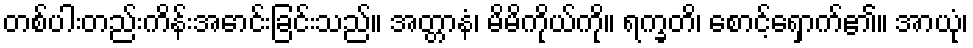
တစ်ပါးတည်းကိန်းအောင်းခြင်းသည်။ အတ္တာနံ၊ မိမိကိုယ်ကို။ ရက္ခတိ၊ စောင့်ရှောက်၏။ အာယုံ၊